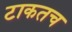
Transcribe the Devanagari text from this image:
टाकतच